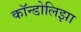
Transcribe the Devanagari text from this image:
कॉन्डोलिझा